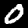
Label: 0